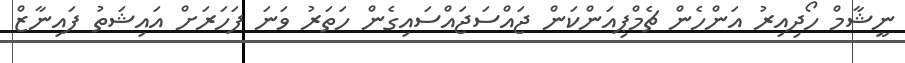
ނީޝާމް ހޯދިއިރު އަންހެން ޗެމްޕިއަންކަން ޖައްސަޖައްސައިގެން ހަތަރު ވަނަ ފަހަރަށް އައިޝަތު ފައިނާޒް